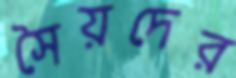
সৈয়দের